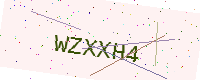
Text: WZXXH4